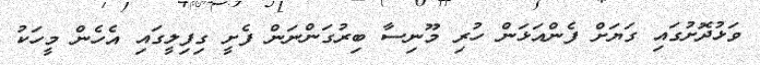
ވަޅުދޮށުގައި ގަޔަށް ފެންއަޅަން ހުރި މޫނިސާ ބިރުގަންނަން ފެށީ ގިފިލީގައި އެހެން މީހަކު